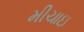
મીચાઇ